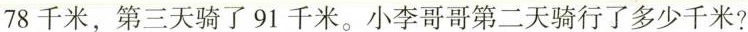
78千米，第三天骑了91千米。小李哥哥第二天骑行了多少千米?